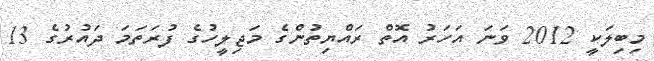
މިބިލަކީ 2012 ވަނަ އަހަރު އޮތް ރައްޔިތުންގެ މަޖިލީހުގެ ފުރަތަމަ ދައުރުގެ 13